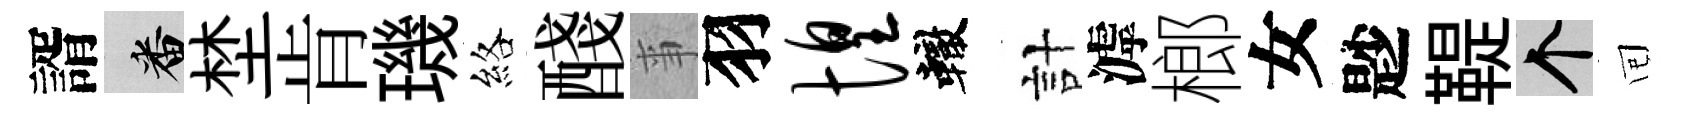
諝番埜肯璣絡醆亊羽惶轍計滹榔女尟鞮个囘